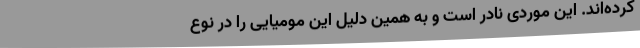
کرد‌ه‌اند. این موردی نادر است و به همین دلیل این مومیایی را در نوع